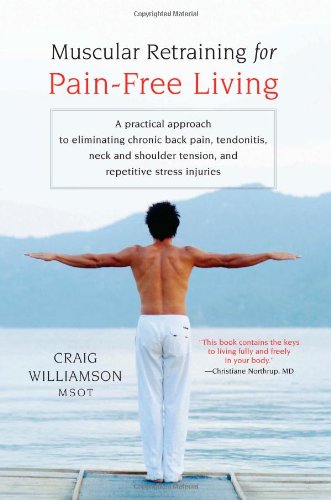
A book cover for Muscular Retraining for Pain-Free Living; Craig Williamson; Health, Fitness & Dieting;